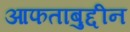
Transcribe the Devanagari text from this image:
आफताबुद्दीन